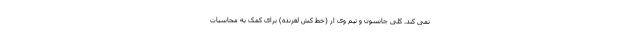
نمی کند. کلی جانسون و تیم وی از (خط کش لغزنده) برای کمک به محاسبات